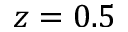
z = 0 . 5